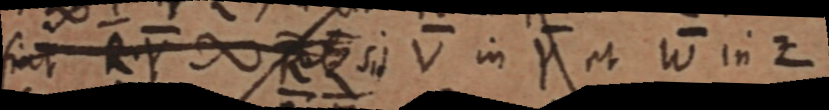
fiat R. Y ∞ R Z sit V in Y et W in Z